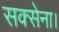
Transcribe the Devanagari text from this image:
सक्सेना।